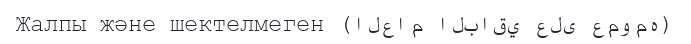
Жалпы және шектелмеген (العام الباقي على عمومه)